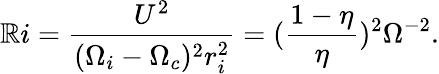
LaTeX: \mathbb{R}i=\frac{{U^{2}}}{{(\Omega_{i}-\Omega_{c})^{2}r_{i}^{2}}}=(\frac{{1-\eta}}{{\eta}})^{2}\Omega^{-2}.